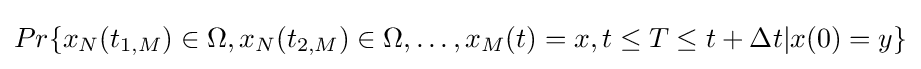
Pr\{x_{N}(t_{1,M})\in \Omega ,{x}_{N}(t_{2,M})\in \Omega ,\dots ,x_{M}(t)=x,t\leq T\leq t+\Delta t|x(0)=y\}